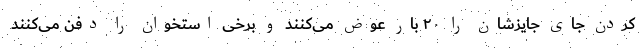
کردن جای جایزشان را ۲۰ بار عوض می‌کنند و برخی استخوان را دفن می‌کنند